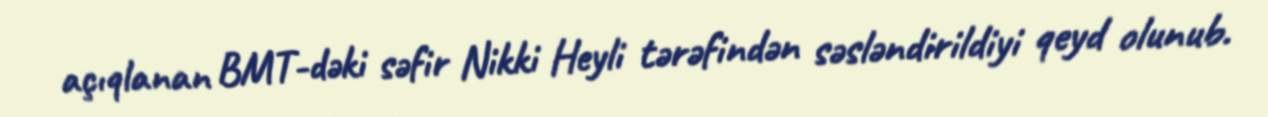
açıqlanan BMT-dəki səfir Nikki Heyli tərəfindən səsləndirildiyi qeyd olunub.